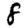
Digit: 8